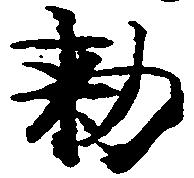
勅